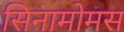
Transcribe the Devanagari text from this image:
सिनामोमस